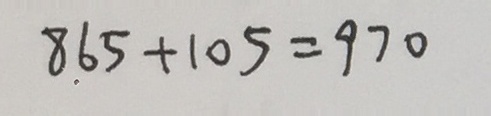
8 6 5 + 1 0 5 = 9 7 0